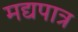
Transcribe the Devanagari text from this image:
मद्यपात्र